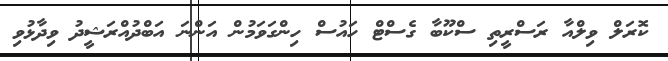
ކޮރަލް ވިލްއާ ރަސްރީތި ސްކޫބާ ގެސްޓް ހައުސް ހިންގަވަމުން އަންނަ އަބްދުއްރަޝީދު ވިދާޅުވި